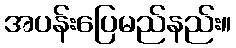
အပန်းပြေမည်နည်း။